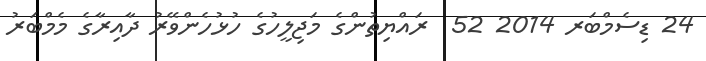
24 ޑިސެމްބަރ 2014 52  ރައްޔިތުންގެ މަޖިލީހުގެ ހުޅުހެންވޭރު ދާއިރާގެ މެމްބަރު